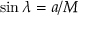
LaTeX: \sin \lambda = a / M